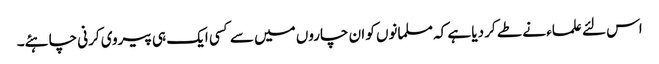
اس لئے علماء نے طے کر دیا ہے کہ مسلمانوں کو ان چاروں میں سے کسی ایک ہی پیروی کرنی چاہئے۔